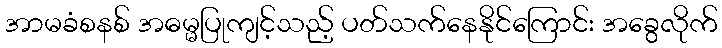
အာမခံစနစ် အဓမ္မပြုကျင့်သည့် ပတ်သက်နေနိုင်ကြောင်း အခွေလိုက်